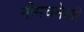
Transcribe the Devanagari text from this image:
नीमचमेली